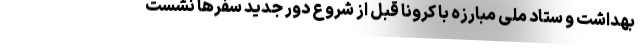
بهداشت و ستاد ملی مبارزه با کرونا قبل از شروع دور جدید سفرها نشست